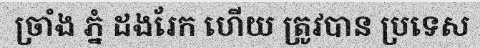
ច្រាំង ភ្នំ ដងរែក ហើយ ត្រូវបាន ប្រទេស